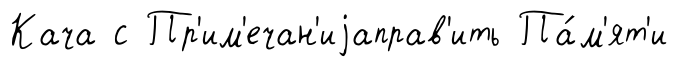
Кача с Пр'им'ечан'иjаправ'ить Па́м'ят'и